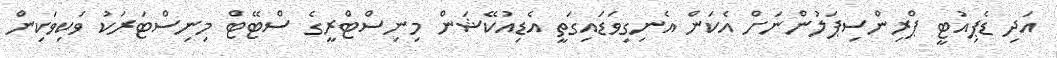
އަދި ޑެޕިއުޓީ ޕްރިންސިޕަލުންނަށް އެކަން އެނިގިވަޑައިގަތީ އެޑިއުކޭޝަން މިނިސްޓްރީގެ ސްޓޭޓް މިނިސްޓަރަކު ވަކިވަކިން